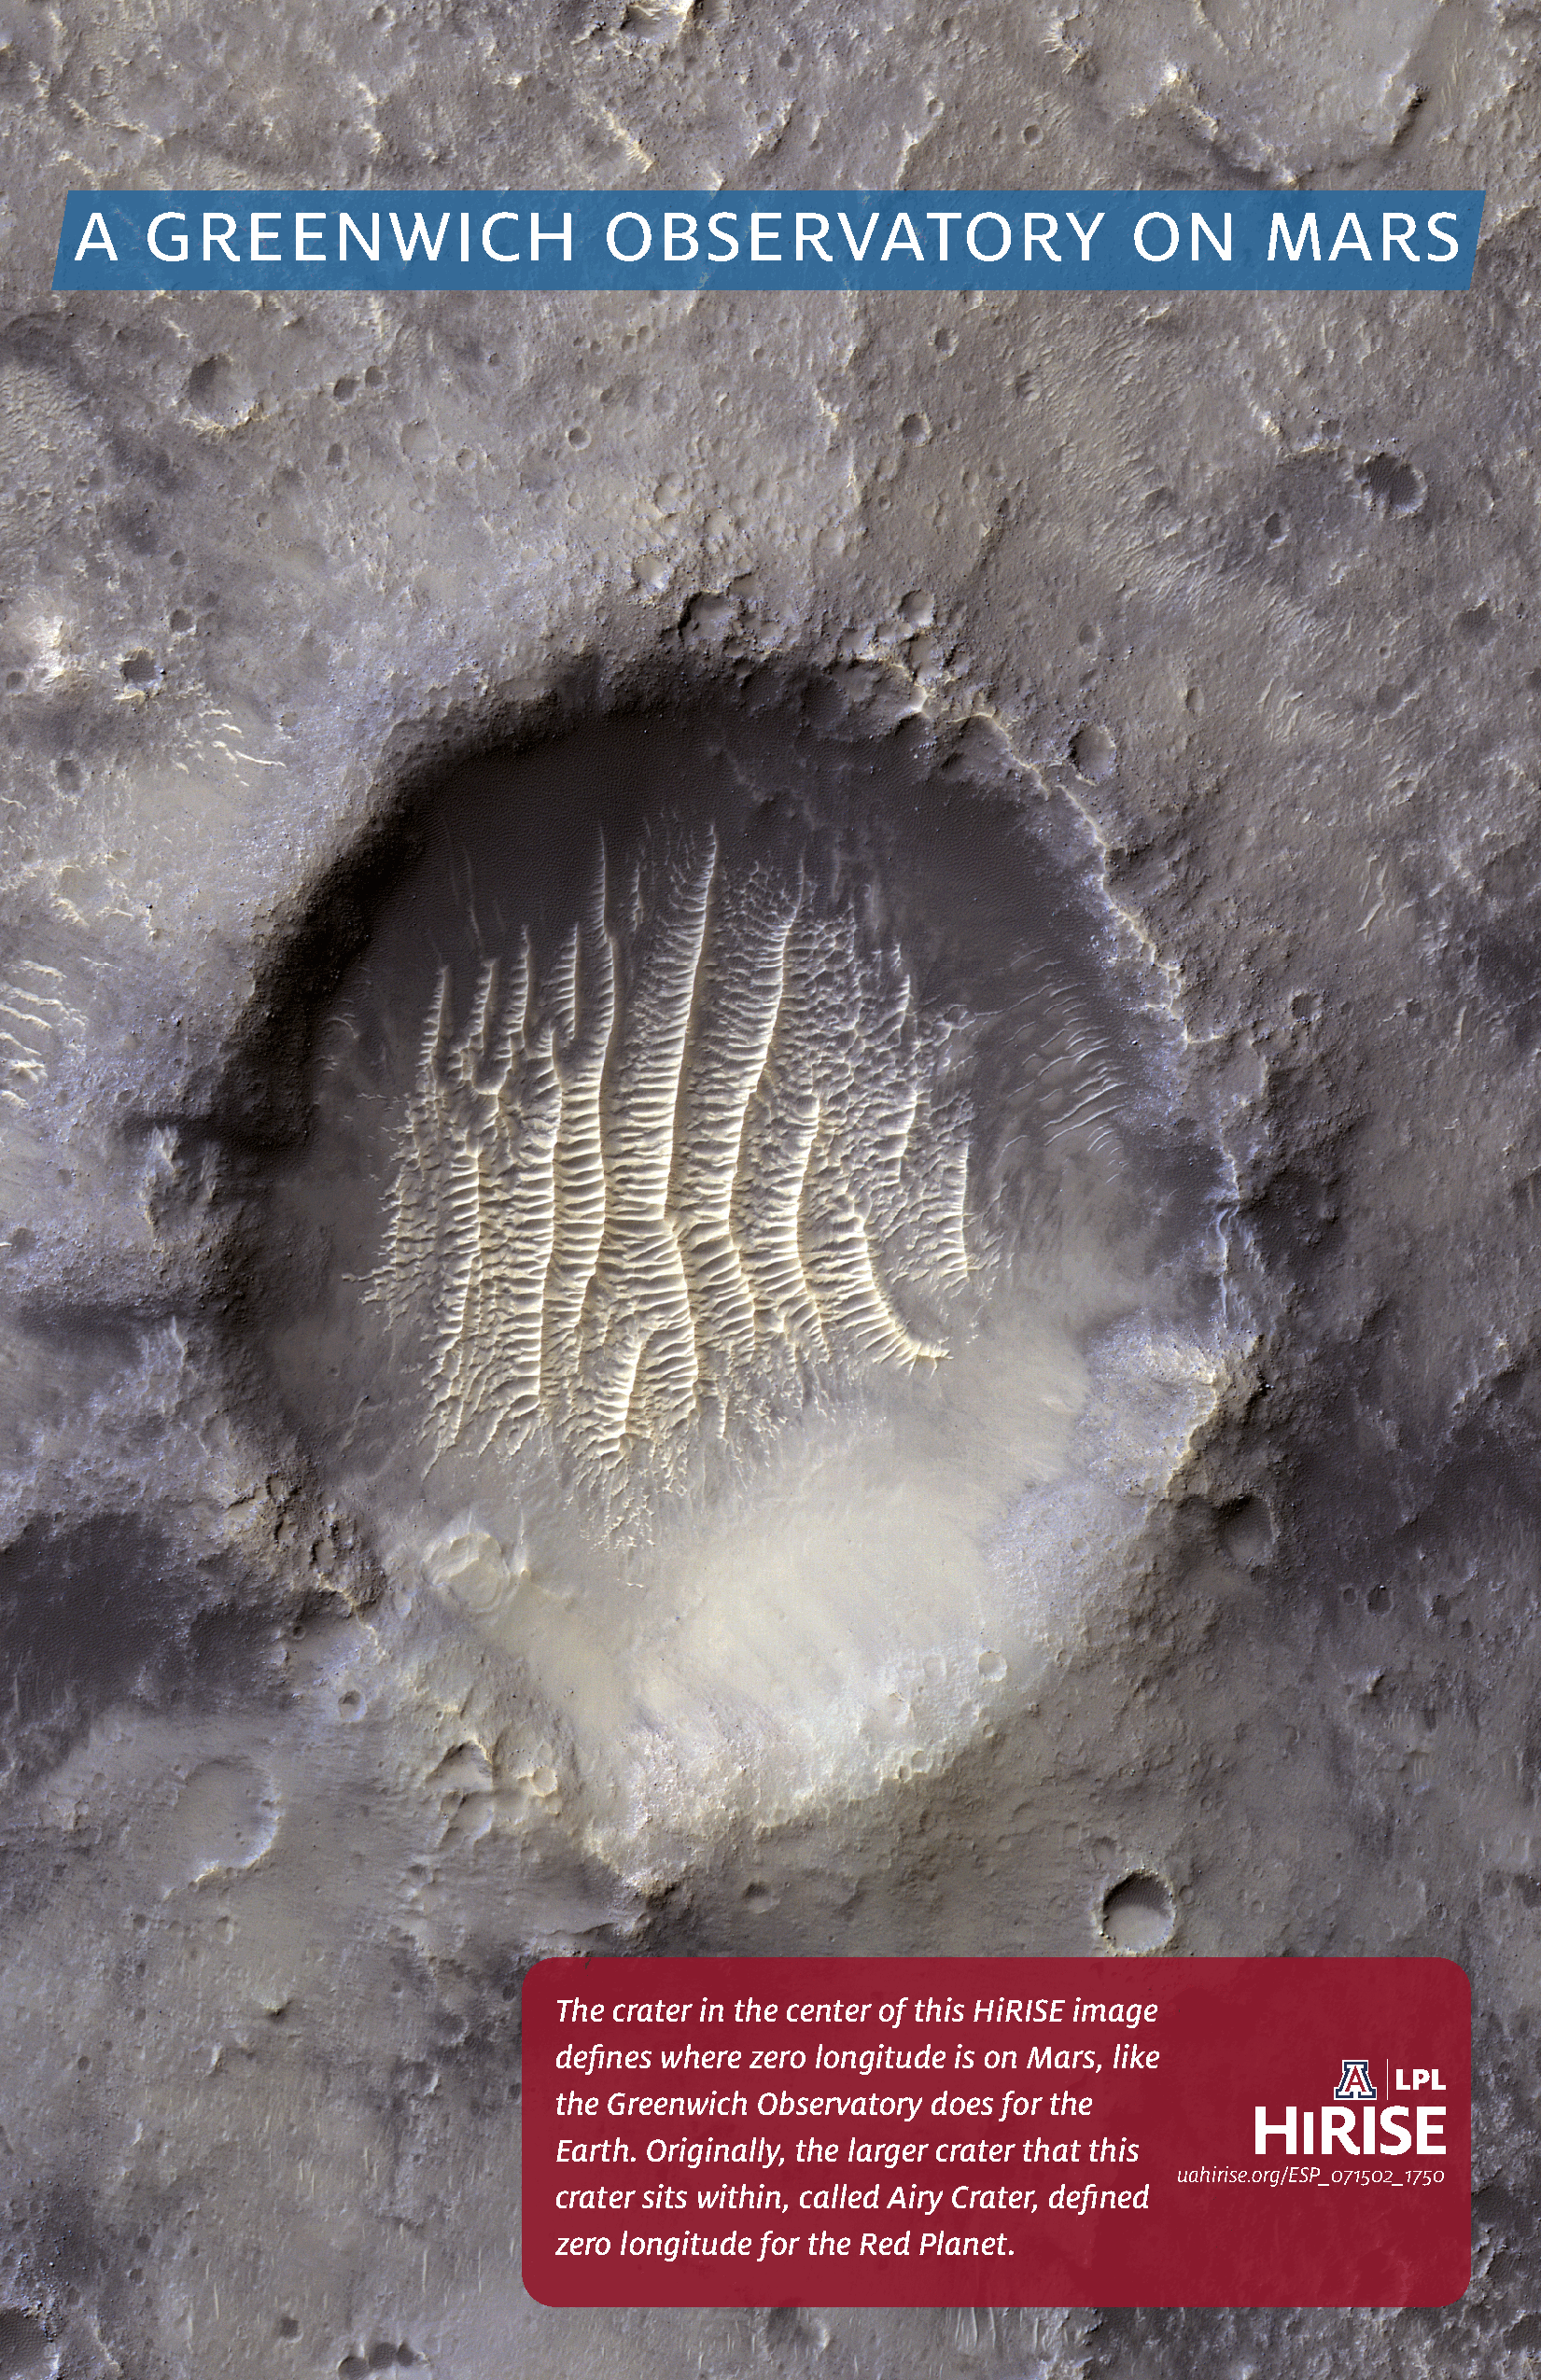
a    greenwich                        observatory                          on       mars
 The crater in the center of this HiRISE image
 defines where zero longitude is on Mars, like
 the Greenwich  Observatory does for the
 Earth. Originally, the larger crater that this
 uahirise.org/ESP_071502_1750
 crater sits within, called Airy Crater, defined
 zero longitude for the Red Planet.